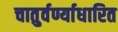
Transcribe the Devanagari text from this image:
चातुर्वर्ण्याधारित